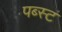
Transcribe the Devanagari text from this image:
पब्स्ट